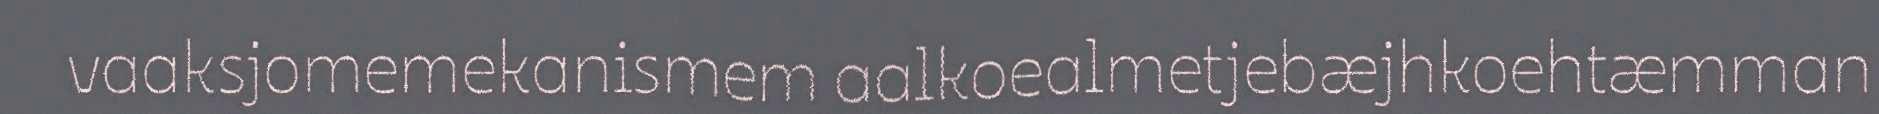
vaaksjomemekanismem aalkoealmetjebæjhkoehtæmman